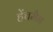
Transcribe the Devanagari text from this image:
हेंचमैन